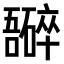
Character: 𫬮